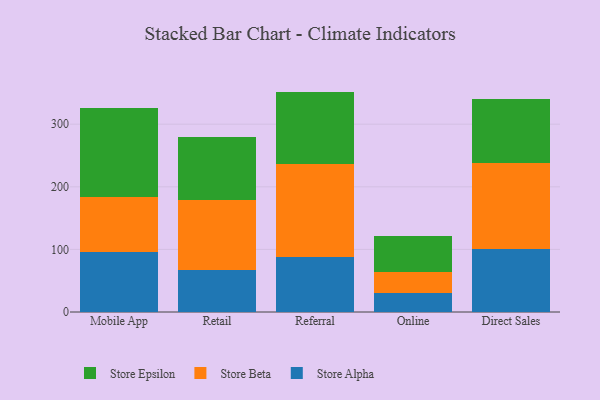
{"axis": {"x": "Channel", "y": "Churn Rate (%)"}, "legend": ["Store Alpha", "Store Beta", "Store Epsilon"], "data": [{"x": "Mobile App", "y": 96.4, "type": "Store Alpha"}, {"x": "Mobile App", "y": 87.2, "type": "Store Beta"}, {"x": "Mobile App", "y": 142.8, "type": "Store Epsilon"}, {"x": "Retail", "y": 67.5, "type": "Store Alpha"}, {"x": "Retail", "y": 111.0, "type": "Store Beta"}, {"x": "Retail", "y": 100.7, "type": "Store Epsilon"}, {"x": "Referral", "y": 87.4, "type": "Store Alpha"}, {"x": "Referral", "y": 149.5, "type": "Store Beta"}, {"x": "Referral", "y": 115.2, "type": "Store Epsilon"}, {"x": "Online", "y": 30.3, "type": "Store Alpha"}, {"x": "Online", "y": 34.1, "type": "Store Beta"}, {"x": "Online", "y": 57.8, "type": "Store Epsilon"}, {"x": "Direct Sales", "y": 101.1, "type": "Store Alpha"}, {"x": "Direct Sales", "y": 136.2, "type": "Store Beta"}, {"x": "Direct Sales", "y": 102.7, "type": "Store Epsilon"}]}